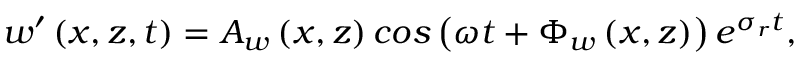
w ^ { \prime } \left( x , z , t \right) = A _ { w } \left( x , z \right) c o s \left( \omega t + \Phi _ { w } \left( x , z \right) \right) e ^ { \sigma _ { r } t } ,